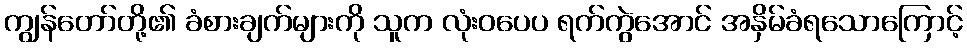
ကျွန်တော်တို့၏ ခံစားချက်များကို သူက လုံးဝပေပ ရက်ကွဲအောင် အနှိမ်ခံရသောကြောင့်